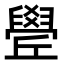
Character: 𦦛